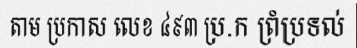
តាម ប្រកាស លេខ ៤៩៣ ប្រ.ក ព្រំប្រទល់